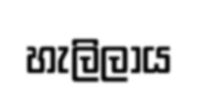
හැලිලාය